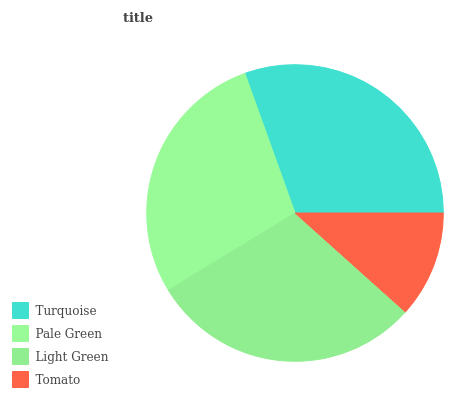
| Turquoise | Pale Green | Light Green | Tomato |
 | --- | --- | --- | --- |
 | 30.6% | 28.2% | 29.6% | 11.6% |